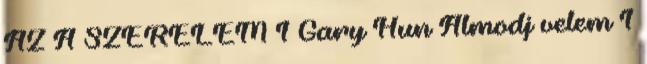
AZ A SZERELEM 1 Gary Hun Álmodj velem 1